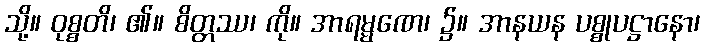
သို့။ ဝုစ္စတိ၊ ၏။ စိတ္တဿ၊ ကို။ အာရမ္မဏေ၊ ၌။ အာနယန ပစ္စုပဋ္ဌာနော၊